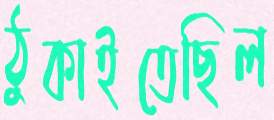
ঠুকাইতেছিল